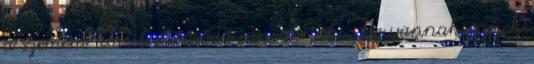
a szemem körül sűrűsödő ráncoknak : De vannak ennek